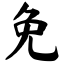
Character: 免